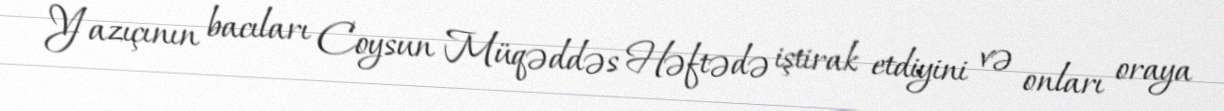
Yazıçının bacıları Coysun Müqəddəs Həftədə iştirak etdiyini və onları oraya